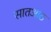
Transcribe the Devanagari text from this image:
सातआठ